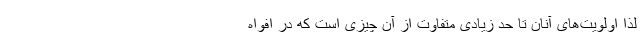
لذا اولویت‌های آنان تا حد زیادی متفاوت از آن چیزی است که در افواه